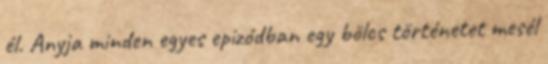
él. Anyja minden egyes epizódban egy bölcs történetet mesél